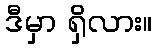
ဒီမှာ ရှိလား။